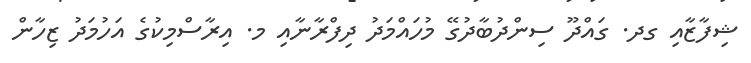
ޝިފާޒާއި ގދ. ގައްދޫ ސިންދުބާދުގޭ މުހައްމަދު ދިފްރާނާއި މ. އިރާސްމިކުގެ އަހުމަދު ޒިހާން